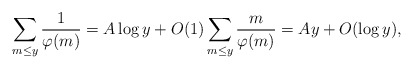
\begin{align*}\sum_{m\le y}\frac1{\varphi(m)}=A\log y+O(1) \sum_{m\le y}\frac m{\varphi(m)}=Ay+O(\log y),\end{align*}